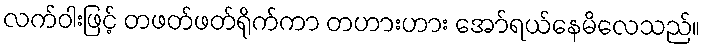
လက်ဝါးဖြင့် တဖတ်ဖတ်ရိုက်ကာ တဟားဟား အော်ရယ်နေမိလေသည်။